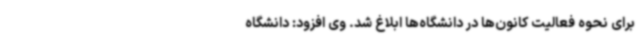
برای نحوه فعالیت کانون‌ها در دانشگاه‌ها ابلاغ شد. وی افزود: دانشگاه